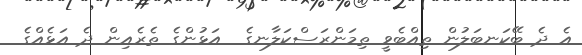
އެ ދެ ބޭކަނބަލުން ތިއްބެވީ ތިމަންރަސްކަލާނގެ  އަޅުންގެ ތެރެއިން ދެ އަޅެއްގެ